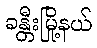
ခန္တီးမြို့နယ်